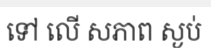
ទៅ លើ សភាព ស្ងប់